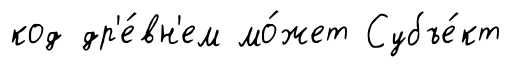
код др'е́вн'ем мо́жет Субъе́кт